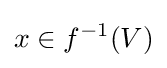
x\in f^{-1}(V)